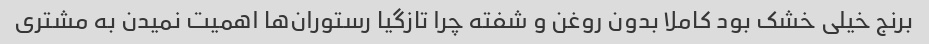
برنج خیلی خشک بود کاملا بدون روغن و شفته چرا تازگیا رستوران‌ها اهمیت نمیدن به مشتری